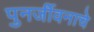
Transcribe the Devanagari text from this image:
पुनर्जीवनाचे